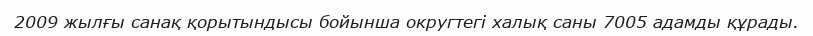
2009 жылғы санақ қорытындысы бойынша округтегі халық саны 7005 адамды құрады.